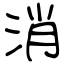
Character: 消